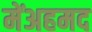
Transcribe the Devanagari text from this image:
मेंअहमद